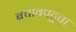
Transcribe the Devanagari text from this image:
बचावपटूचा